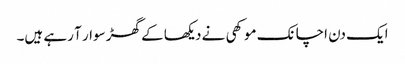
ایک دن اچانک موکھی نے دیکھا کے گھڑ سوار آ رہے ہیں۔